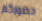
حضوركم